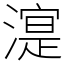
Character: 㵓